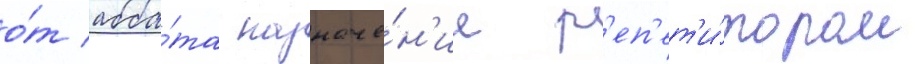
о́т абба́та назначе́н'ие р'еп'ет'и́тором